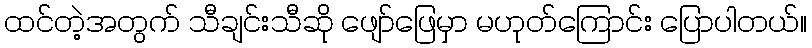
ထင်တဲ့အတွက် သီချင်းသီဆို ဖျော်ဖြေမှာ မဟုတ်ကြောင်း ပြောပါတယ်။